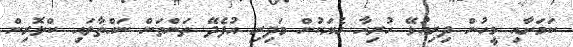
ކަމަށާއި މީހުން ދިރިއުޅޭ ހުރިހާ ގެޔަކުން މަދިރި އުފެދޭ ތަންތަން ނައްތާލައި ކްލޮރިން